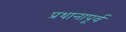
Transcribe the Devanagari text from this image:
प्रधानापूर्व